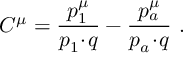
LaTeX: C ^ { \mu } = \frac { p _ { 1 } ^ { \mu } } { p _ { 1 } \! \cdot \! q } - \frac { p _ { a } ^ { \mu } } { p _ { a } \! \cdot \! q } \ .